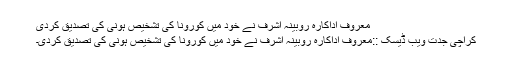
معروف اداکارہ روبینہ اشرف نے خود میں کورونا کی تشخیص ہونی کی تصدیق کردی
کراچی جدت ویب ڈیسک ::معروف اداکارہ روبینہ اشرف نے خود میں کورونا کی تشخیص ہونی کی تصدیق کردی۔